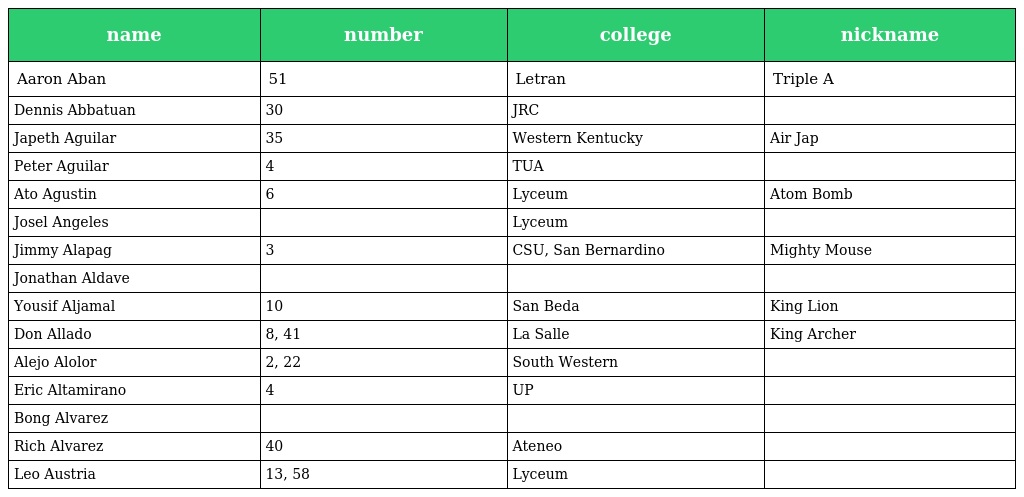
| name | number | college | nickname |
 | --- | --- | --- | --- |
 | Aaron Aban | 51 | Letran | Triple A |
 | Dennis Abbatuan | 30 | JRC |  |
 | Japeth Aguilar | 35 | Western Kentucky | Air Jap |
 | Peter Aguilar | 4 | TUA |  |
 | Ato Agustin | 6 | Lyceum | Atom Bomb |
 | Josel Angeles |  | Lyceum |  |
 | Jimmy Alapag | 3 | CSU, San Bernardino | Mighty Mouse |
 | Jonathan Aldave |  |  |  |
 | Yousif Aljamal | 10 | San Beda | King Lion |
 | Don Allado | 8, 41 | La Salle | King Archer |
 | Alejo Alolor | 2, 22 | South Western |  |
 | Eric Altamirano | 4 | UP |  |
 | Bong Alvarez |  |  |  |
 | Rich Alvarez | 40 | Ateneo |  |
 | Leo Austria | 13, 58 | Lyceum |  |